Vaccination North-Western Provinces and Oudh 1878-1895 - 1878-1895
Year: 1878
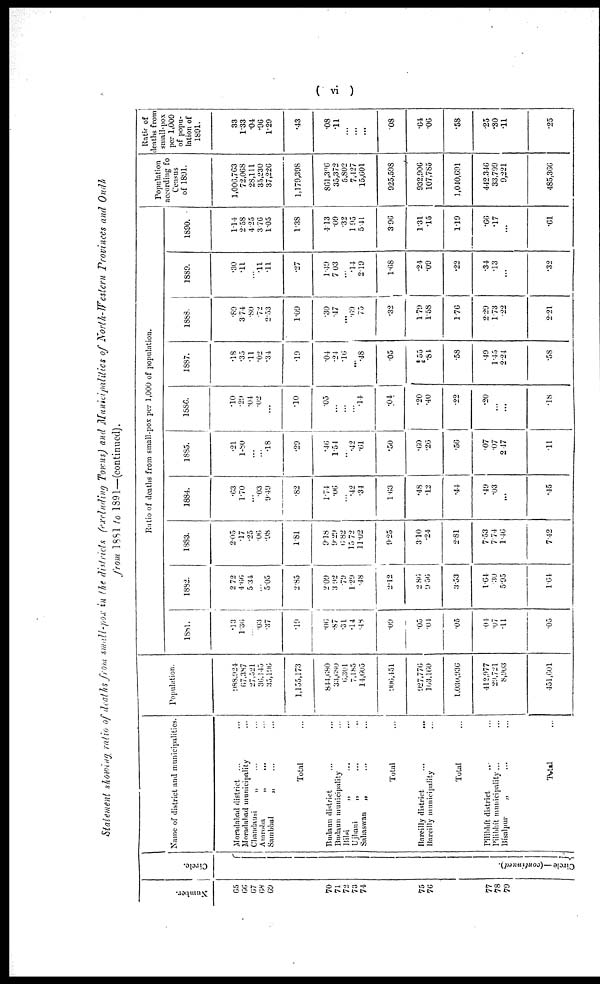
( vi )
Statement showing ratio of deaths from small-pox in the districts (excluding Towns) and Municipalities of North-Western Provinces and Oudh
from 1881 to 1891—(continued).
Number.
65
66
67
68
69
70
71
72
73
74
75
76
77
78
70
Circle.
Circle —(continued).
Name of district and municipalities.
Moradabad district ... ...
Moradabad municipality ...
Chandausi
„ ... ...
Amroba „ ... ...
Sambhal
„ ... ...
Total ...
Budaun district ... ...
Badaun municipality ...
Bilsi
„ ... ...
Ujhani
„ ... ...
Sahaswan
„ ... ...
Total ...
Bareilly district ... ...
Bareilly municipality ...
Total ...
Pilibhít district ... ...
Pilibhít municipality ... ...
Bísalpur
„ ... ...
Total ...
Ratio of deaths from small-pox per 1,000 of population.
Population.
988,924
67,387
27,521
36,145
35,196
1,155,173
844,680
33,680
6,301
7,185
14,605
906,451
927,776
103,160
1,030,936
412,977
29,721
8,903
451,601
1881.
.13
1.30
...
.03
.37
.10
.06
.87
.31
.14
.18
.09
.05
.04
.05
.04
.07
.11
.05
1882.
2.72
4.66
5,34
...
5.05
2.85
2.09
3.92
.70
1.29
.48
2.12
2.86
9.56
3.53
1.64
.30
5.95
1.64
1883.
2.05
.17
.25
.06
.98
1.81
9.18
9.29
6.82
15.72
11.02
9.25
3.10
.24
2.81
7.53
7.74
1.46
7.42
1884.
.63
1.70
...
.03
9.40
.82
1.74
.06
...
.42
.34
1.63
.48
.12
.44
.49
.03
...
.45
1885.
.21
1.80
...
.18
.29
.46
1.54
...
.42
.61
.50
.60
.26
.56
.07
.07
2.47
.11
1886.
.10
.20
.04
.02
...
.10
.05
...
...
...
.14
.04
.20
.40
.22
.20
...
...
.18
1887.
.18
.35
.11
.02
.34
.19
.04
.24
.16
...
.48
.05
.55
.84
.58
.49
1.45
2.24
.58
1888.
.89
3.74
.80
.72
2.53
1.09
.30
.47
...
.69
.75
.32
1.79
1.58
1.76
2.20
1.73
.22
2.21
1889.
.30
.11
...
.11
.11
.27
1.49
7.03
...
.14
2.19
1.68
.24
.09
.22
.34
.13
...
.32
1890.
1.14
2.58
4.25
3.76
1.05
1.38
4.13
.09
.32
1.95
5.41
3.96
1.31
.15
1.19
.66
.17
...
.61
Population
according to
Census
of 1891.
1,006,763
72,068
28,111
35,230
37,226
1,179,398
861,396
35,372
5.802
7,427
15,601
925,598
932,906
107,785
1,040,691
442.346
33,799
9,221
485,366
Ratio of
deaths from
small-pox
per 1,000
of popu-
lation of
1891.
33
1.33
.04
.96
1.29
.43
.08
.11
...
...
...
.08
.64
.06
.58
.25
.30
.11
.25